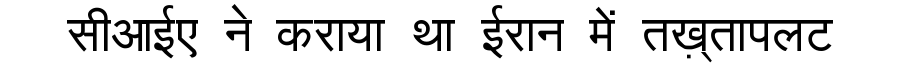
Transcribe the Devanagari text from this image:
सीआईए ने कराया था ईरान में तख़्तापलट